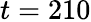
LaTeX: t=210